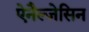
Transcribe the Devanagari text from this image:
ऐनैल्जेसिन